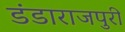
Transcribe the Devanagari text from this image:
डंडाराजपुरी